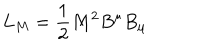
L _ { M } = \frac { 1 } { 2 } M ^ { 2 } B ^ { \mu } B _ { \mu }